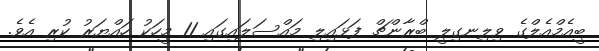
ބީއެމްއެލްގެ ވިލިނގިލީ ބްރާންޗް ފަޅައިލި މައްސަލައިގައި 11 މީހަކު ހައްޔަރު ކުރި އެވެ.